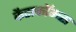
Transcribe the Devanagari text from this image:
कैटाकॉम्ब्स